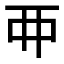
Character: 𬻇